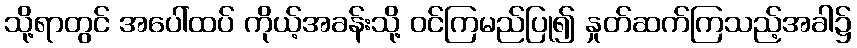
သို့ရာတွင် အပေါ်ထပ် ကိုယ့်အခန်းသို့ ဝင်ကြမည်ပြု၍ နှုတ်ဆက်ကြသည့်အခါ၌